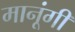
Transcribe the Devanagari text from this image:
मानूंगी